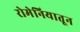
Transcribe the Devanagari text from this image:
रोमेनियातून